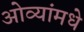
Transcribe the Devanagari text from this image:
ओव्यांमधे